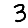
Digit: 3